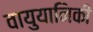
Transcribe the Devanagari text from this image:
वायुयानिकी